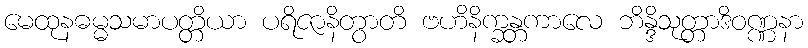
မေထုနဓမ္မသမာပတ္တိယာ ပရိဇာနိတွာတိ ဗဟိနိက္ခန္တကာလေ ဘိန္ဒိသုတ္တာဒိဝဏ္ဏနာ